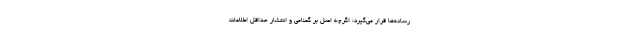
رسانه‌ها قرار می‌گیرد؛ اگرچه اصل بر گمنامی و انتشار حداقل اطلاعات